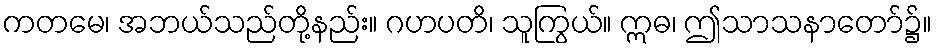
ကတမေ၊ အဘယ်သည်တို့နည်း။ ဂဟပတိ၊ သူကြွယ်။ ဣဓ၊ ဤသာသနာတော်၌။